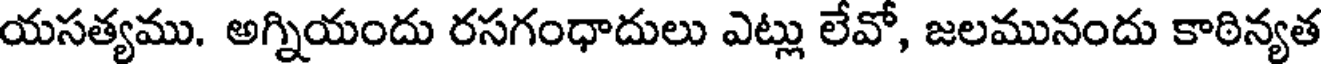
యసత్యము. అగ్నియందు రసగంధాదులు ఎట్లు లేవో, జలమునందు కాఠిన్యత